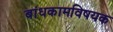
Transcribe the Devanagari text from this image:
बांधकामविषयक